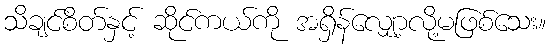
သိချင်စိတ်နှင့် ဆိုင်ကယ်ကို အရှိန်လျှော့လို့မဖြစ်သေး။